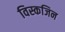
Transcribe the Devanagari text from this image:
विस्कजिन